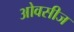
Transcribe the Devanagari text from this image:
ओवसीज